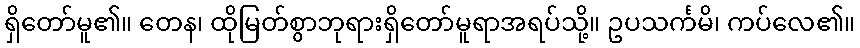
ရှိတော်မူ၏။ တေန၊ ထိုမြတ်စွာဘုရားရှိတော်မူရာအရပ်သို့။ ဥပသင်္ကမိ၊ ကပ်လေ၏။